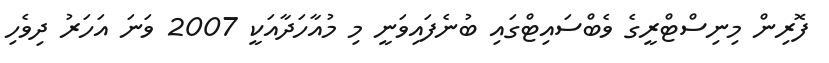
ފޮރިން މިނިސްޓްރީގެ ވެބްސައިޓްގައި ބުނެފައިވަނީ މި މުއާހަދާއަކީ 2007 ވަނަ އަހަރު ދިވެހި